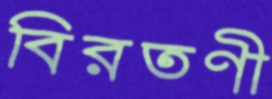
বিরতণী